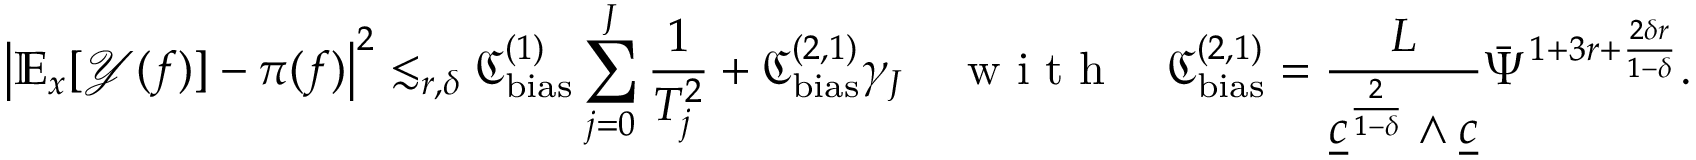
\left| \mathbb { E } _ { x } [ \mathcal { Y } ( f ) ] - \pi ( f ) \right| ^ { 2 } \lesssim _ { r , \delta } \mathfrak { C } _ { \mathrm { b i a s } } ^ { ( 1 ) } \sum _ { j = 0 } ^ { J } \frac { 1 } { T _ { j } ^ { 2 } } + \mathfrak { C _ { \mathrm { b i a s } } ^ { ( 2 , 1 ) } } \gamma _ { J } \quad \textnormal { w i t h } \quad \mathfrak { C _ { \mathrm { b i a s } } ^ { ( 2 , 1 ) } } = \frac { L } { \underline { { c } } ^ { \frac { 2 } { 1 - \delta } } \wedge \underline { { c } } } \bar { \Psi } ^ { 1 + 3 r + \frac { 2 \delta r } { 1 - \delta } } .